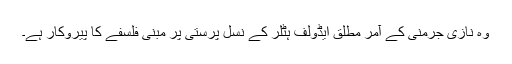
وہ نازی جرمنی کے آمر مطلق ایڈولف ہٹلر کے نسل پرستی پر مبنی فلسفے کا پیروکار ہے۔